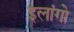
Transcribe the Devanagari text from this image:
इलांगो